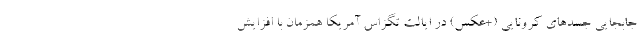
جابجایی جسدهای کرونایی (+عکس) در ایالت تگزاس آمریکا همزمان با افزایش